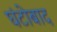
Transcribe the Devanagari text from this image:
घंटोबाद